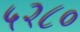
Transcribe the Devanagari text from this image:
५२८०